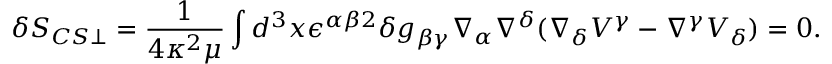
\delta S _ { C S \perp } = \frac { 1 } { 4 \kappa ^ { 2 } \mu } \int d ^ { 3 } x \epsilon ^ { \alpha \beta 2 } \delta g _ { \beta \gamma } \nabla _ { \alpha } \nabla ^ { \delta } ( \nabla _ { \delta } V ^ { \gamma } - \nabla ^ { \gamma } V _ { \delta } ) = 0 .